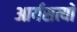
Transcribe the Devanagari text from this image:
आर्यसत्यों